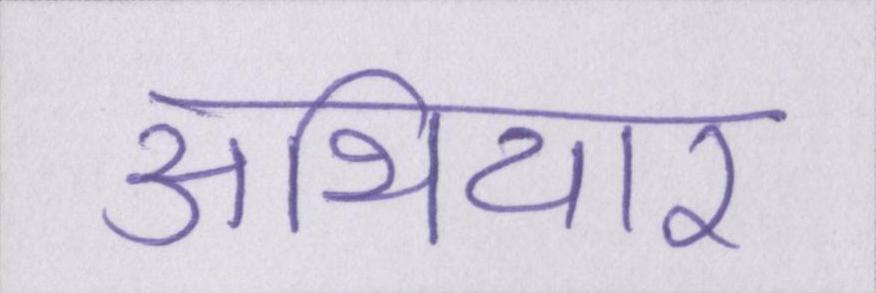
अथियार